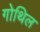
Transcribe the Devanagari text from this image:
गोथिल